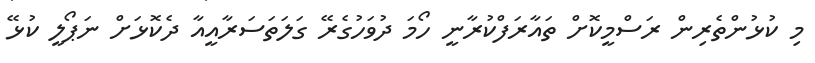
މި ކުޅުންތެރިން ރަސްމީކޮށް ތައާރަފްކުރާނީ ހޯމަ ދުވަހުގެރޭ ގަލަތަސަރާއީއާ ދެކޮޅަށް ނަޕޯލީ ކުޅޭ